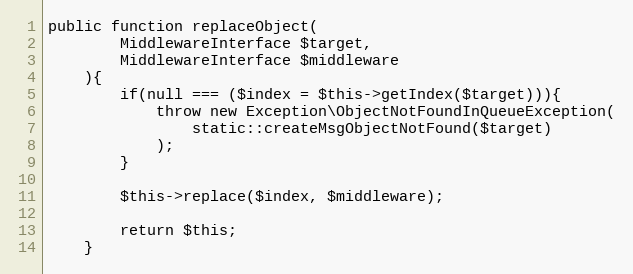
Language: PHP
public function replaceObject(
        MiddlewareInterface $target,
        MiddlewareInterface $middleware
    ){
        if(null === ($index = $this->getIndex($target))){
            throw new Exception\ObjectNotFoundInQueueException(
                static::createMsgObjectNotFound($target)
            );
        }

        $this->replace($index, $middleware);

        return $this;
    }